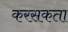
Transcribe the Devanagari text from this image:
करसकता